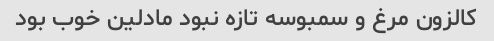
کالزون مرغ و سمبوسه تازه نبود مادلین خوب بود